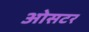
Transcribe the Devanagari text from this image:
ओसटर